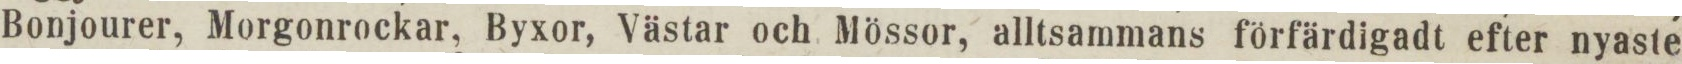
Bonjourer, Morgonrockar, Byxor, Västar och Mössor, alltsammans förfärdigadt efter nyaste